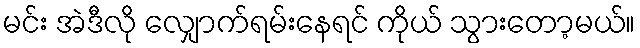
မင်း အဲဒီလို လျှောက်ရမ်းနေရင် ကိုယ် သွားတော့မယ်။